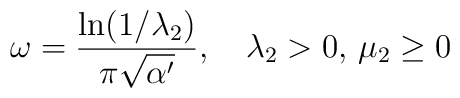
\omega={{\ln(1/{\lambda_2})}\over{\pi\sqrt{\alpha'}}}, \quad{\lambda_2}>0,\,{\mu_2}\geq 0